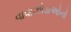
વાવાઝોડાઓનો